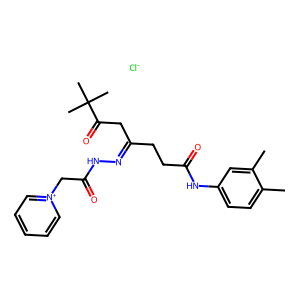
SMILES: Cc1ccc(NC(=O)CCC(CC(=O)C(C)(C)C)=NNC(=O)C[n+]2ccccc2)cc1C.[Cl-]
Inhibits HIV replication: No